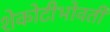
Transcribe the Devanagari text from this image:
शेकोटीभोवती